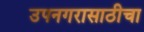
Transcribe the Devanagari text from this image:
उपनगरासाठीचा